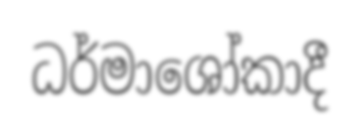
ධර්මාශෝකාදී